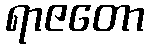
ရာဇတော